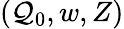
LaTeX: (\mathcal{Q}_{0},w,Z)